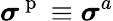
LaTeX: \boldsymbol{\sigma}^{\mathrm{~p~}}\equiv\boldsymbol{\sigma}^{a}